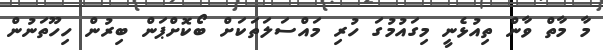
މާ މާތް ވާން ތިއުޅެނީ މިގައުމުގަ ހުރި މައްސަލަތަކަށް ބޯކޮށްޕަން ބިރުން ހިހޫތަނުން